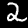
Digit: 2